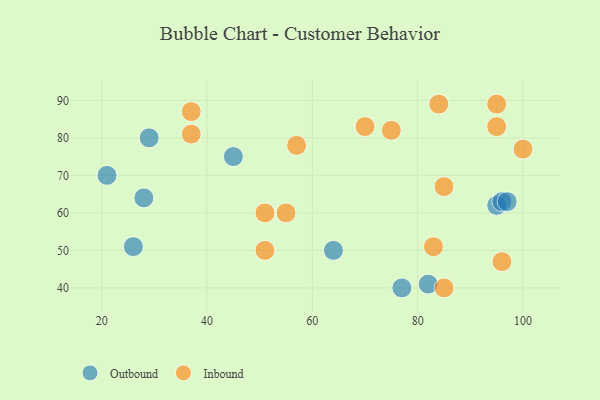
{"axis": {"x": "GDP", "y": "Life Expectancy"}, "legend": ["Inbound", "Outbound"], "data": [{"x": "82", "y": 41, "type": "Outbound"}, {"x": "95", "y": 62, "type": "Outbound"}, {"x": "26", "y": 51, "type": "Outbound"}, {"x": "96", "y": 63, "type": "Outbound"}, {"x": "97", "y": 63, "type": "Outbound"}, {"x": "28", "y": 64, "type": "Outbound"}, {"x": "77", "y": 40, "type": "Outbound"}, {"x": "45", "y": 75, "type": "Outbound"}, {"x": "64", "y": 50, "type": "Outbound"}, {"x": "29", "y": 80, "type": "Outbound"}, {"x": "21", "y": 70, "type": "Outbound"}, {"x": "51", "y": 50, "type": "Inbound"}, {"x": "85", "y": 67, "type": "Inbound"}, {"x": "37", "y": 87, "type": "Inbound"}, {"x": "96", "y": 47, "type": "Inbound"}, {"x": "57", "y": 78, "type": "Inbound"}, {"x": "70", "y": 83, "type": "Inbound"}, {"x": "84", "y": 89, "type": "Inbound"}, {"x": "37", "y": 81, "type": "Inbound"}, {"x": "75", "y": 82, "type": "Inbound"}, {"x": "51", "y": 60, "type": "Inbound"}, {"x": "100", "y": 77, "type": "Inbound"}, {"x": "85", "y": 40, "type": "Inbound"}, {"x": "83", "y": 51, "type": "Inbound"}, {"x": "55", "y": 60, "type": "Inbound"}, {"x": "95", "y": 83, "type": "Inbound"}, {"x": "95", "y": 89, "type": "Inbound"}]}